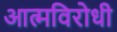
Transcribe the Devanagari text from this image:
आत्मविरोधी